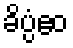
ခိပ္ပံဧဝ